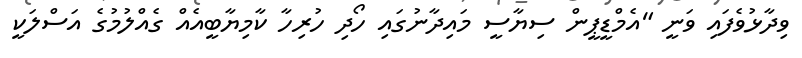
ވިދާޅުވެފައި ވަނީ "އެމްޑީޕީން ސިޔާސީ މައިދާނުގައި ހޯދި ހުރިހާ ކާމިޔާބީއެއް ގެއްލުމުގެ އަސްލަކީ